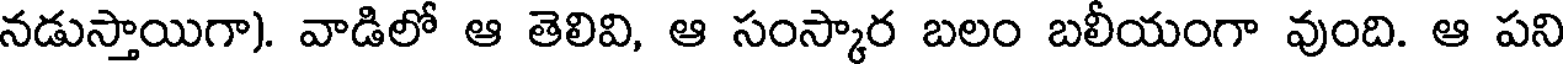
నడుస్తాయిగా). వాడిలో ఆ తెలివి, ఆ సంస్కార బలం బలీయంగా వుంది. ఆ పని